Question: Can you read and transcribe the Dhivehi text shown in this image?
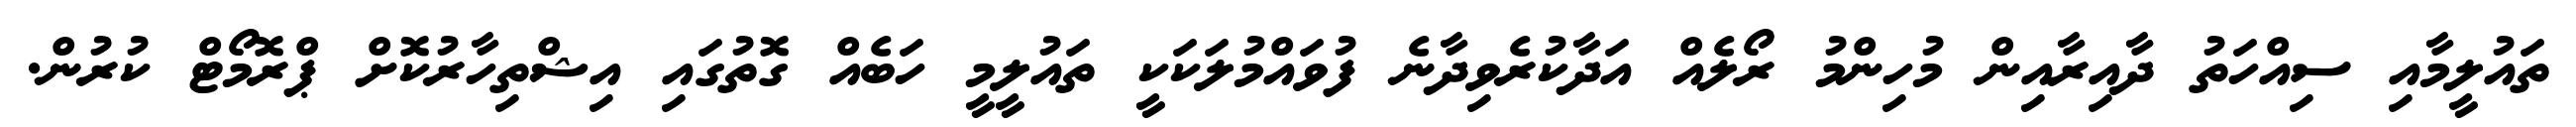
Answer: ތައުލީމާއި ސިއްހަތު ދާއިރާއިން މުހިންމު ރޯލެއް އަދާކުރެވިދާނެ ފުވައްމުލަކަކީ ތައުލީމީ ހަބެއް ގޮތުގައި އިޝްތިހާރުކޮށް ޕްރޮމޯޓް ކުރުން.